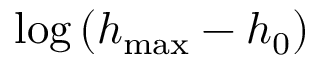
\log \left( h _ { \operatorname* { m a x } } - h _ { 0 } \right)